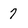
Character: 7